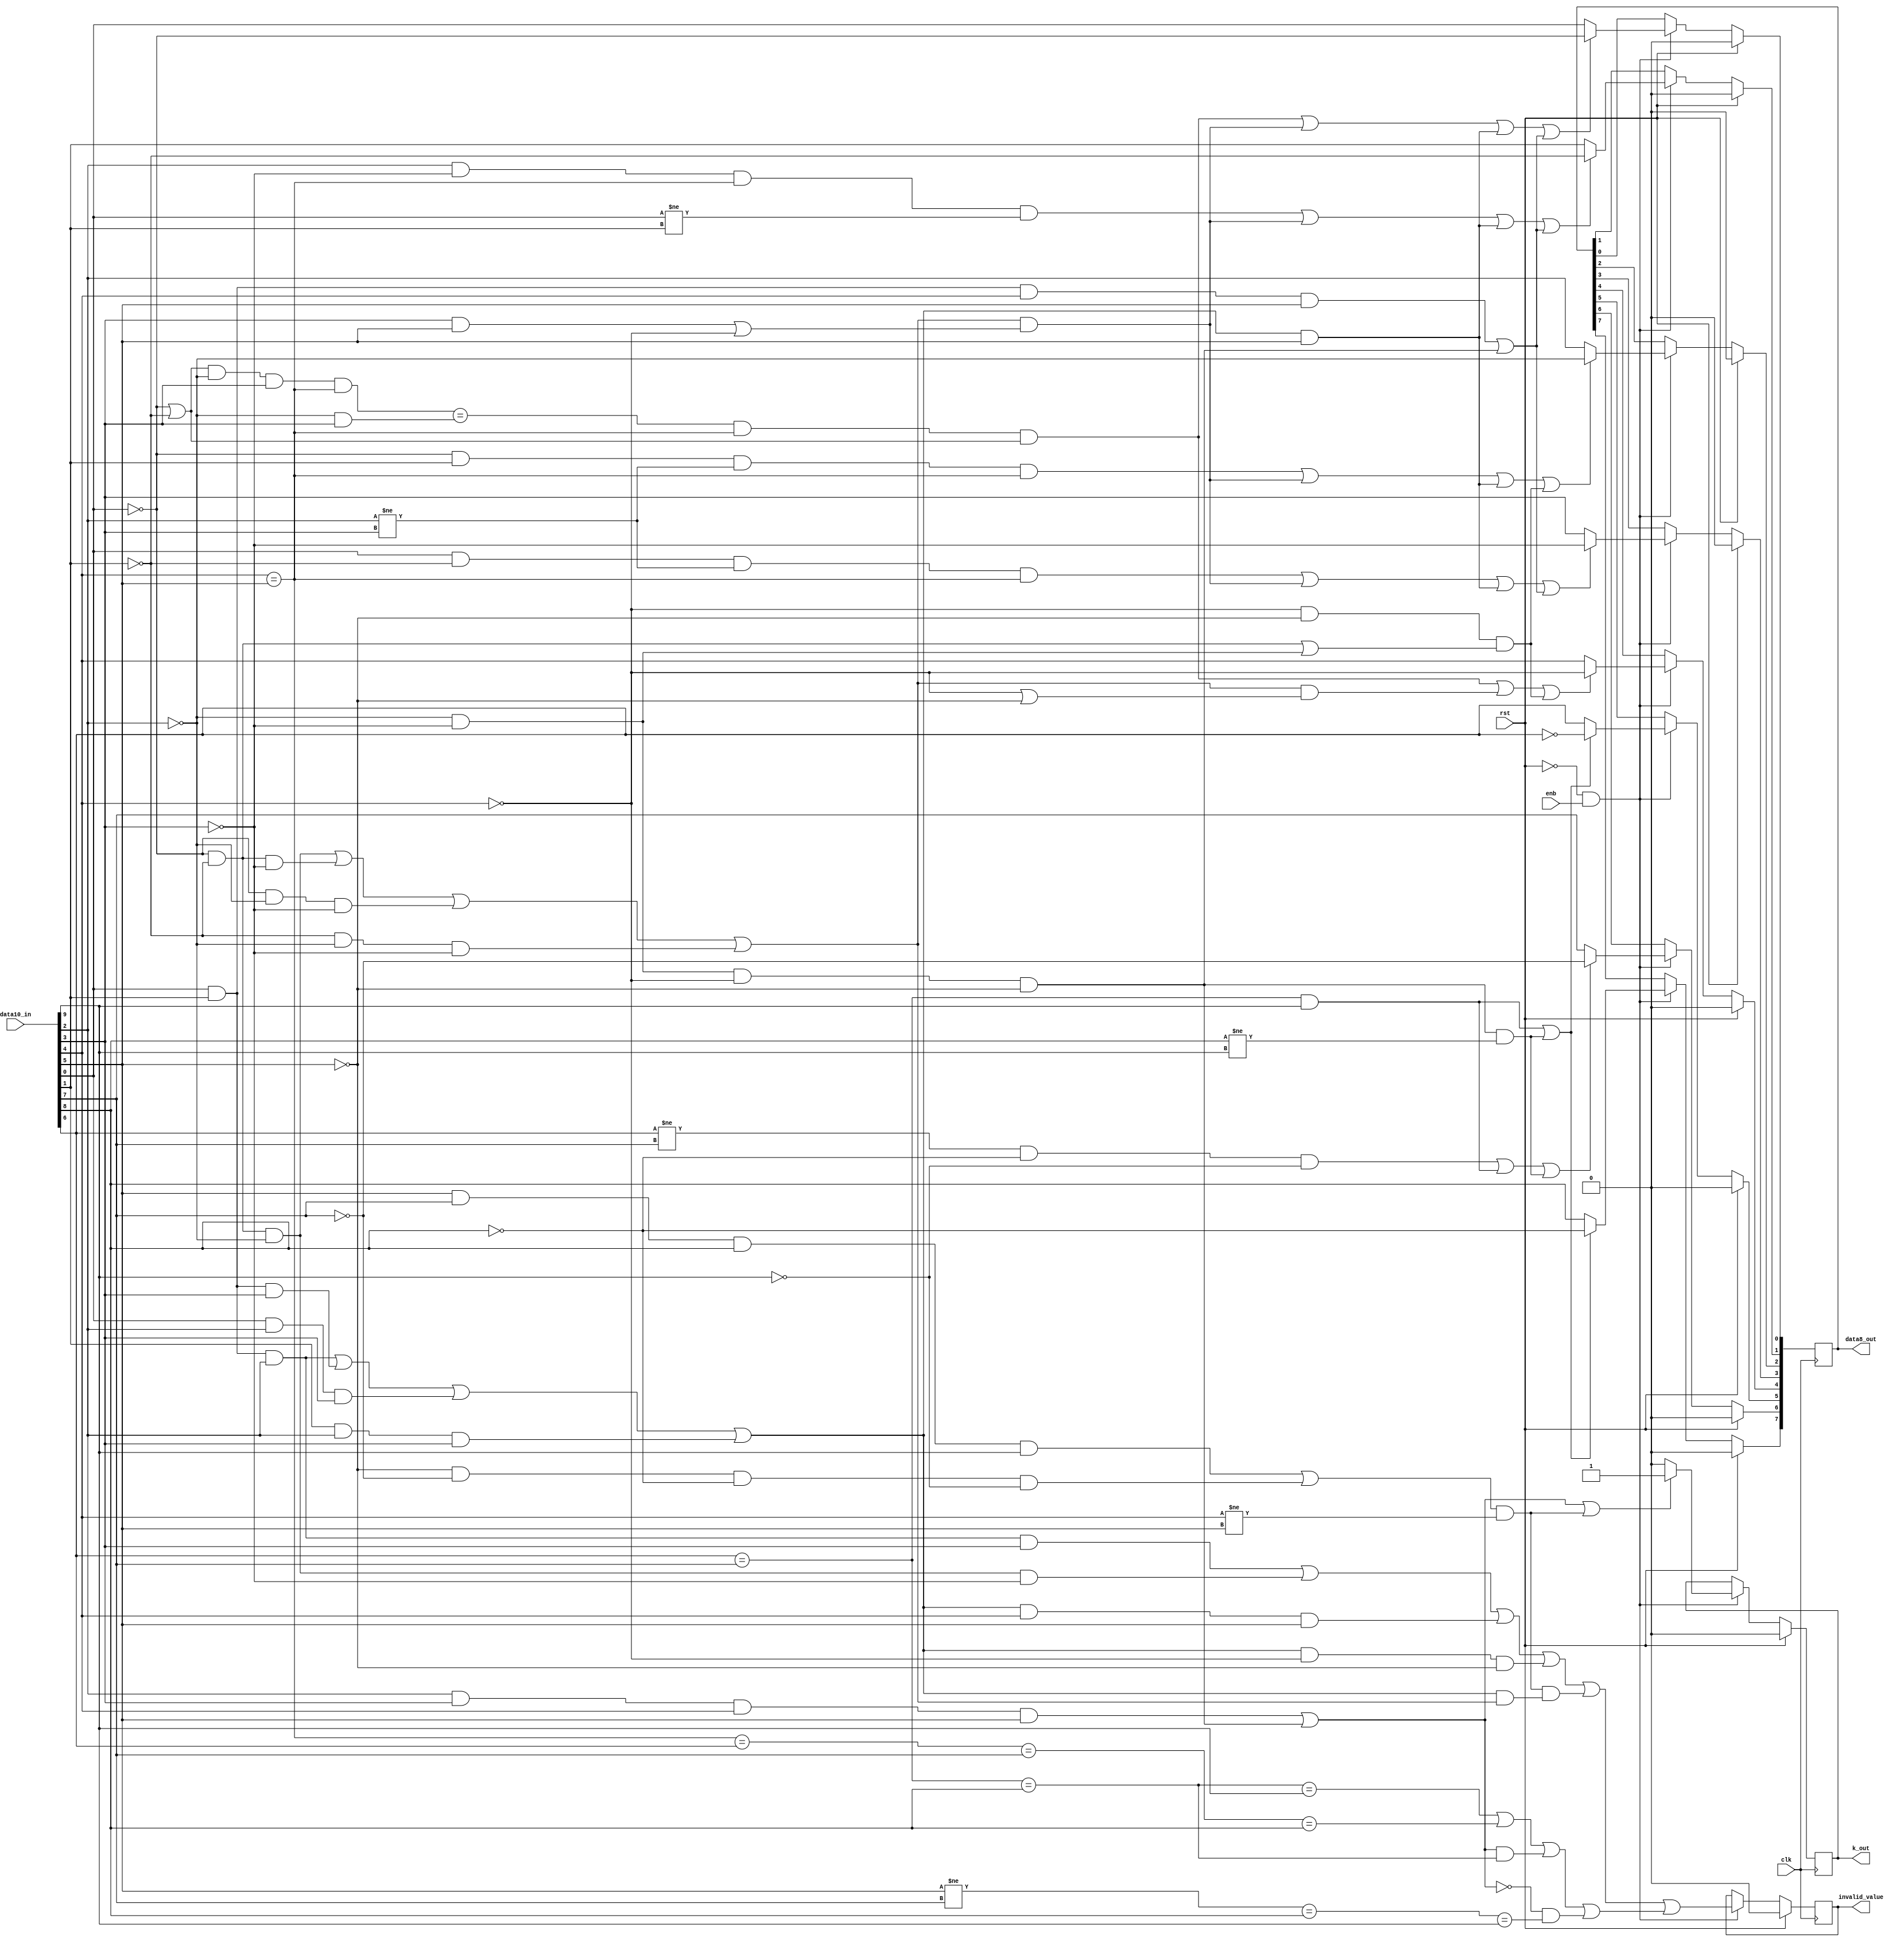
module decoder(
  output reg [7:0] data8_out,  //datos decodificado de 8bits
  output reg k_out,            //señal de control k calculada desde los 10bits de entrada
  output reg invalid_value,    //se pone en uno cuando los datos decodificados puede que tengan error
  input wire clk,              //reloj del receptor
  input wire enb,
  input wire rst,            //señal reset para los ff de salida
  input wire [9:0] data10_in  //datos de entrada codificados a 10bits
);

//parametro para selecionar posicion en la memoria de contador
parameter PwrC=0;
/*
data10_in
j h g f i e d c b a
9 8 7 6 5 4 3 2 1 0
*/

/*
k data8_out
K H G F E D C B A
8 7 6 5 4 3 2 1 0
*/


//bloque combinacional
//always (*) begin
//calculo de P3x y Px3 se usan para el calculo del error
wire P40=(data10_in[0])&(data10_in[1])&(data10_in[2])&(data10_in[3]);
wire P04=(!data10_in[0])&(!data10_in[1])&(!data10_in[2])&(!data10_in[3]);
wire P3x=((data10_in[0])&(data10_in[1])&(data10_in[2])) |
  ((data10_in[0])&(data10_in[1])&(data10_in[3])) |
  ((data10_in[0])&(data10_in[2])&(data10_in[3])) |
  ((data10_in[1])&(data10_in[2])&(data10_in[3]));
wire Px3=((!data10_in[0])&(!data10_in[1])&(!data10_in[2])) |
  ((!data10_in[0])&(!data10_in[1])&(!data10_in[3])) |
  ((!data10_in[0])&(!data10_in[2])&(!data10_in[3])) |
  ((!data10_in[1])&(!data10_in[2])&(!data10_in[3]));
wire P22=(P3x)&(Px3);


//decoded Bits A, B, C, D, E
//funciones intermedias
/*
n0 = (a’+b’)•c’•d•(e=i) = c’•d•(e=i)•n8
n1 = Px3•(d•i+e’)
n2 = a•b•e•i + c’•d’•e’•i’
n3 = c•d’•(e=i)•(a ≠ b)
n4 = a’•b•(c ≠ d)•(e=i)
n5 = e’•i’•(a’•b’+c’•d’)
n6 = a•b’•(c ≠ d)•(e = i)
n7 = Px3•(e’ + i’)
n8 = (a’+b’)
*/
wire n0= (n8 & (!data10_in[2])&(data10_in[3])&((data10_in[4]) == (data10_in[5])))==
  ((!data10_in[2])&(data10_in[3]))&((data10_in[4])==(data10_in[5])) & n8;
wire n1= Px3 & (((data10_in[3])&(data10_in[5])) | (!data10_in[4]));
wire n2= ((data10_in[0])&(data10_in[1])&(data10_in[4])&(data10_in[5])) | ((!data10_in[2])&(!data10_in[3])&(!data10_in[4])&(!data10_in[5]));
wire n3= (data10_in[2])&(!data10_in[3])&((data10_in[4]) == (data10_in[5]))&((data10_in[0]) != (data10_in[1]));
wire n4= (!data10_in[0])&(data10_in[1])&((data10_in[2]) != (data10_in[3]))&((data10_in[4])==(data10_in[5]));
wire n5= (!data10_in[4])&(!data10_in[5])&((!data10_in[0])&(!data10_in[1])|(!data10_in[2])&(!data10_in[3]));
wire n6= (data10_in[0])&(!data10_in[1])&((data10_in[2]) != (data10_in[3]))&((data10_in[4])==(data10_in[5]));
wire n7= Px3&((!data10_in[4]) | (!data10_in[5]));
wire n8=((!data10_in[0]) | (!data10_in[1]));

// ternary expression
//a=condition ? if true : if false
/*
A=
B=
C=
D=
E=
*/
assign A=(n0|n1|P3x&(data10_in[5])|n2) ? (!data10_in[0]):data10_in[0];
assign B=(n3|n1|P3x&(data10_in[5])|n2) ? (!data10_in[1]):data10_in[1];
assign C=(n4|n1|P3x&(data10_in[5])|n5) ? (!data10_in[2]):data10_in[2];
assign D=(n6|n1|P3x&(data10_in[5])|n2) ? (!data10_in[3]):data10_in[3];
assign E=(n0|n7|n5) ? (!data10_in[4]):data10_in[4];


//// 4B/3B Decoder,
/*funciones intermedias
m0 = (f ≠ g) • h •j
m7 = c’•d’•e’•i’•(h≠j)
m2 = f • g’• (h =j)
m10 = i•g•h•j + i’•g’•h’•j’
*/
wire m0 = ((data10_in[7]) != (data10_in[7])) & (data10_in[8]) &(data10_in[9]);
wire m7 = (!data10_in[2])&(!data10_in[3])&(!data10_in[4])&(!data10_in[5])&((data10_in[8])!=(data10_in[9]));
wire m2 = (data10_in[7]) & (!data10_in[7])& ((data10_in[8]) ==(data10_in[9]));
wire m10 = (data10_in[5])&(data10_in[7])&(data10_in[8])&(data10_in[9]) |
  (!data10_in[5])&(!data10_in[7])&(!data10_in[8])&(!data10_in[9]);

/* F,G,H:
CPLf = m0 + (f = g) • j + m7
CPLg = (f ≠ g) • h’ •j’ + (f=g) • j + m7
CPLh = m2 + (f =g) • j + m7
F = CPLf ? f’:f;
G = CPLg ? g’:g;
H = CPLh ? h’:h;
**********

*/
assign F = (m0 | ((data10_in[6]) == (data10_in[7])) & (data10_in[9]) | m7) ?
   (!data10_in[6]):(data10_in[6]);
assign G = (((data10_in[6]) != (data10_in[7]))&(!data10_in[8])&(!data10_in[9]) |
   ((data10_in[6]) == (data10_in[7])) & (data10_in[9]) | m7) ?
   (!data10_in[7]):(data10_in[7]);
assign H = (m2 | ((data10_in[6]) == (data10_in[7]))&(data10_in[9]) | m7) ?
   (!data10_in[8]):(data10_in[8]);

/*Logic Equation for Control Bit K
//m10 = i•g•h•j + i’•g’•h’•j’
Kx7 = m10•(e ≠ i)
Kx.7 = (e≠ i)• (i= g=h=j)= kx7
K28 = c• d• e• i + c’• d’• e’• i’
m5 = K28•(f=g=h)
m6 = K28’•(i ≠ g=h=j)
K = (K28 + Kx.7) = (c=d=e=i) + (e ≠ i)•(i=g=h=j)
For reduced delay, the above equation is implemented as follows:
K = c•d•e•i + c’•d’•e’•i’ + (e ≠ i)•(i•g•h•j + i’•g’•h’•j’)
*/
wire Kx7 = (m10&((data10_in[4]) != (data10_in[5])));
wire K28 = ((data10_in[2])& (data10_in[3])& (data10_in[4])& (data10_in[5]) |
   (!data10_in[2])& (!data10_in[3])& (!data10_in[4])& (!data10_in[5]));
//wire m5 = (K28&((data10_in[6])==(data10_in[7])==(data10_in[8])));
//wire m6 = ((!K28)&((data10_in[5]) != (data10_in[7])==(data10_in[8])==(data10_in[9])));
//revisar delay luego se usa: K= K28+Kx7;
assign K = K28 | Kx7 ? 1: 0;

/*******INVALID INPUT VECTORS*******/
//Logic Equation for invalid Vectors R6, INVR6
wire INVR6=P40|P04|(P3x&(data10_in[4])&(data10_in[5])) |
  (P3x&(!data10_in[4])&(!data10_in[5]));
// An invalid Kx.7 control character is recognized if the following conditions are met:
// VKx7 = (i•g•h•j + i’•g’•h’•j’) •(e ≠ i)•P22 = m10 •(e ≠ i)•P22
wire VKx7 =(m10&((data10_in[4]) != (data10_in[5])))&P22;
// Other invalid R4 vectors are lumped together in the signal INVR4:
// INVR4 = (f=g=h=j) + (e=i=f=g=h) + K28•(f=g=h) + K28’•(i ≠ g=h=j)
// Abbreviations:
// m5 = K28•(f=g=h)
// m6 = K28’•(i ≠ g=h=j)
// INVR4 = (f=g=h=j) + (e=i=f=g=h) + m5 + m6
wire m5 = K28&((data10_in[6])==(data10_in[7])==(data10_in[8]));
wire m6 = (!K28)&((data10_in[5]) != (data10_in[7]) == (data10_in[8])==(data10_in[9]));
wire INVR4 = ((data10_in[6])==(data10_in[7])==(data10_in[8])==(data10_in[9])) |
   ((data10_in[4])==(data10_in[5])==(data10_in[6])==(data10_in[7])==(data10_in[8])) | m5 | m6;

/* Un vector de entrada invalido generara un vector de salida invalido,
por lo que es posible genere un vector de salida distindo al que se codifico.
Al no tener control de paridad en el bloque de codificafion, es innecesario implementar
la logica de deteccion de paridad la cual en caso de no cumplirse se agregaria un termino mas PINVBY.
PINVBY = INVR6 | VKx7 | INVR4;
*/
assign PINVBY = INVR6 | VKx7 | INVR4;


/*INICIO_COMENTARIO

//6B/5B Disparity Check Equations
// Logic Equations for Required Input Disparity DRR6
// bloques intermedios
// n20 = (a•b•c)’•d’
// n21 = (a’•b’•c’)’•d

wire n20 = (!((data10_in[0])&(data10_in[1])&(data10_in[2])))&(!data10_in[3]);
wire n21 = (!((!data10_in[0])&(!data10_in[1])&(!data10_in[2])))&(data10_in[3]);
wire P2x=(data10_in[0])&(data10_in[1]) | (data10_in[0])&(data10_in[2]) | (data10_in[1])&(data10_in[2]);
wire Px2=((!data10_in[0])&(!data10_in[1])) | ((!data10_in[0])&(!data10_in[2])) | ((!data10_in[1])&(data10_in[2]));


// Logic Equations for Required Input Disparity DRR6
// The terms PDRR6 and NDRR6 represent the R6 vectors which require a positive or
// negative running disparity, respectively, at the start of the vector. Contrary to previous
// implementations, all invalid vectors starting with P40 or P04 have been left out of the
// equations because of their redundancy in the overall error checking scheme.
// PDRR6 = Px3•(e’+i’) + a’•b’•c’ + e‘•i’•[Px2 + d’•(a•b•c)’]
// NDRR6 = P3x•(e+i) + a • b • c + e•i•[P2x + d•(a’•b’•c’)’]

wire PDRR6 = (Px3)&((!data10_in[4])|(!data10_in[5])) |
  (!data10_in[0])&(!data10_in[1])&(!data10_in[2]) |
  (!data10_in[4])&(!data10_in[5])&((Px2) | n20);
wire NDRR6 = (P3x)&((data10_in[4])|(data10_in[5])) |
  ((data10_in[0])&(data10_in[1])&(data10_in[2])) |
  (data10_in[4])&(data10_in[5])&((P2x) | n21);


//  Logic Equations for the assumed ending Disparities PDUR6 and NDUR6
// PDUR6 = P3x•(e+i) + d•e•i + P2x•e•i = P3x•(e+i) + e•i•(d + P2x)
// NDUR6 = Px3 •(e’+i‘) + d’• e‘•i’ + Px2• e‘•i’ = Px3 •(e’+i‘) + e‘• i’•(d' + Px2)

wire PDUR6 =  P3x&((data10_in[4])|(data10_in[5])) |
  (data10_in[4])&(data10_in[5])&((data10_in[3]) | P2x);
wire NDUR6 =  Px3 &((!data10_in[4])|(!data10_in[5])) |
  (!data10_in[4])& (!data10_in[5])&((!data10_in[3]) | Px2);



// Logic Equations for the required Disparity at the Front of the R4 Vector
// The terms PDRR4 and NDRR4 represent the required positive or negative disparity,
// respectively, at the front of the R4 vector.
// PDRR4 = f’•g’ + (f ≠g)•h’•j’
// NDRR4 = f•g + (f ≠g)•h•j = f•g + m0
// Logic Equations for the assumed ending Disparities PDUR4 and NDUR4
// PDUR4 = h•j + f •g •(h ≠ j)
// NDUR4 = h’•j’ + f’•g’ •(h ≠ j)
// Logic Equation for invalid Vector R4, INVR4
// *********
// n22 = PDRR4•NDRR6’
// n23 = NDRR4•PDRR6’


wire PDRR4 = (!data10_in[6])&(!data10_in[7]) | ((data10_in[6]) != (data10_in[7]))&(!data10_in[8])&(!data10_in[9]);
wire NDRR4 = (data10_in[6])&(data10_in[7]) | m0;
wire PDUR4 = (data10_in[8])&(data10_in[9]) | (data10_in[6])&(data10_in[7])&((data10_in[8]) != (data10_in[9]));
wire NDUR4 = (!data10_in[8])&(!data10_in[9]) | (!data10_in[6])&(!data10_in[7])&((data10_in[8])!=(data10_in[9]));

wire n22 = PDRR4&(!NDRR6);
wire n23 = NDRR4&(!PDRR6);

//  Disparity Monitoring
// If either one or both of the vectors of a byte are disparity dependent, either PDUBY or
// PNDUBY are asserted to establish a positive or negative running disparity, respectively, at
// the end of the byte regardless of the running disparity at the front of the byte:
// PDUBY = PDUR4 + PDUR6•NDUR4'
// NDUBY = NDUR4 + NDUR6•PDUR4'Logic Equations for the Determination of the
// Disparity at the Start of the Byte
// PDFBY = PDUBY_LAST + PDFBY_LAST • NDUBY_LAST’
// Note that NDFBY and PDFBY are complementary: NDFBY = PDFBY’
// The values of PDUBY and NDUBY are exclusive, none or one alone can be true.



wire PDUBY = PDUR4 | PDUR6&(!NDUR4);
wire NDUBY = NDUR4 | NDUR6&(!PDUR4);
wire PDFBY = PDUBY_LAST | PDFBY_LAST & (!NDUBY_LAST);
wire NDFBY = !PDFBY;
//Codigooo Posible implementacion usando latch
//latch
// always @ (enable or x1 or x2 or x3 or x4)
//      if (enable)
//        y = !((x1 | x2) & (x3 | x4));
//      else
//        y = 1; // operand is a constant.



// Logic Equation for Monitoring Byte Disparity Violations
// The disparity violation at a byte DVBY
// The terms PDFBY and NDFBY represent a positive or negative running disparity,
// respectively, at the front of the byte.
// DVBY=NDFBY•(PDRR6+PDRR4•NDRR6’) + PDFBY•(NDRR6+NDRR4•PDRR6’)

/wire DVBY=(NDFBY&(PDRR6|PDRR4&(!NDRR6)) | PDFBY&(NDRR6|NDRR4&(!PDRR6)));

FIN_COMENTARIO*/

//end

//Asignacion sincrona de la salida
always @(posedge clk) begin
  if (rst) begin
    data8_out <= 10'b0;
    k_out <= 1'b0;
    invalid_value <= 1'b0;
  end else if (~rst && enb) begin
    data8_out[7] <= H;
    data8_out[6] <= G;
    data8_out[5] <= F;
    data8_out[4] <= E;
    data8_out[3] <= D;
    data8_out[2] <= C;
    data8_out[1] <= B;
    data8_out[0] <= A;
    k_out <= K;
    invalid_value <= PINVBY;
  end
end


//Codigo de intrumentacion para el conteo de transiciones
//para solo contar transiciones en conductual, sin modificar la libreria
`ifdef SIMULATION_conductual
  always @(posedge data8_out[0]) testbench_P1.probador.m1.PwrCntr[PwrC]<=testbench_P1.probador.m1.PwrCntr[PwrC]+1;
  always @(posedge data8_out[1]) testbench_P1.probador.m1.PwrCntr[PwrC]<=testbench_P1.probador.m1.PwrCntr[PwrC]+1;
  always @(posedge data8_out[2]) testbench_P1.probador.m1.PwrCntr[PwrC]<=testbench_P1.probador.m1.PwrCntr[PwrC]+1;
  always @(posedge data8_out[3]) testbench_P1.probador.m1.PwrCntr[PwrC]<=testbench_P1.probador.m1.PwrCntr[PwrC]+1;
  always @(posedge data8_out[4]) testbench_P1.probador.m1.PwrCntr[PwrC]<=testbench_P1.probador.m1.PwrCntr[PwrC]+1;
  always @(posedge data8_out[5]) testbench_P1.probador.m1.PwrCntr[PwrC]<=testbench_P1.probador.m1.PwrCntr[PwrC]+1;
  always @(posedge data8_out[6]) testbench_P1.probador.m1.PwrCntr[PwrC]<=testbench_P1.probador.m1.PwrCntr[PwrC]+1;
  always @(posedge data8_out[7]) testbench_P1.probador.m1.PwrCntr[PwrC]<=testbench_P1.probador.m1.PwrCntr[PwrC]+1;
  always @(posedge k_out) testbench_P1.probador.m1.PwrCntr[PwrC]<=testbench_P1.probador.m1.PwrCntr[PwrC]+1;
  always @(posedge invalid_value) testbench_P1.probador.m1.PwrCntr[PwrC]<=testbench_P1.probador.m1.PwrCntr[PwrC]+1;
`endif

endmodule